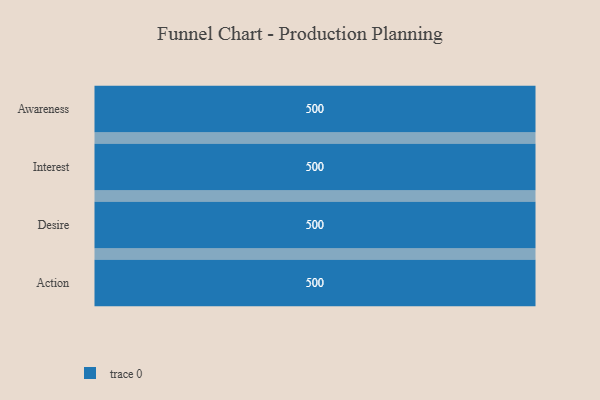
{"axis": {"x": "Stage", "y": "Value"}, "legend": [""], "data": [{"x": "Awareness", "y": 500, "type": ""}, {"x": "Interest", "y": 500, "type": ""}, {"x": "Desire", "y": 500, "type": ""}, {"x": "Action", "y": 500, "type": ""}]}